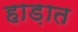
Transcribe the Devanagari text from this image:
हाड़ात